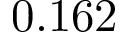
0 . 1 6 2